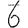
Digit: 6